画像に写った文字を読んでください
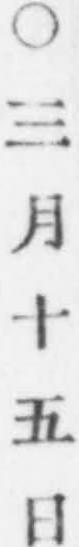
「○三月十五日」と書いてあります